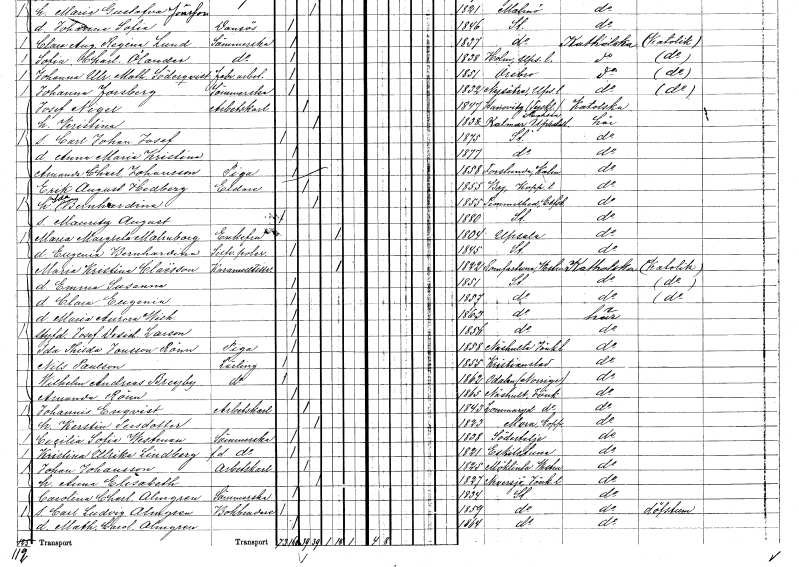
gt_parse: households: individuals: FN: Ida Bernhardina
KON: K
CIV: G
FODAR: 1855
FODFORS: Timmele Älvsborgs län
FN: Mauritz August
KON: M
CIV: O
FODAR: 1880
FODFORS: Stockholm
FN: Maria Margreta
EN: Malmborg
KON: K
CIV: E
FODAR: 1804
FODFORS: Uppsala Uppsala län
FN: Eugenia Bernhardina
YRKE: Silverpolererska
KON: K
CIV: O
FODAR: 1845
FODFORS: Stockholm
FN: Maria Kristina
EN: Claësson
YRKE: Karamelltillverkare
KON: K
CIV: E
FODAR: 1822
FODFORS: Romfartuna Västmanlands län
FN: Emma Susanna
KON: K
CIV: O
FODAR: 1851
FODFORS: Stockholm
FN: Clara Eugenia
KON: K
CIV: O
FODAR: 1857
FODFORS: Stockholm
FN: Maria Aurora Wilhelmina
KON: K
CIV: O
FODAR: 1863
FODFORS: Stockholm
FN: Josefina Desideria
EN: Larson
KON: K
CIV: O
FODAR: 1856
FODFORS: Stockholm
FN: Ida Thilda
EN: Jansson Rönn
YRKE: Piga
KON: K
CIV: O
FODAR: 1858
FODFORS: Näshult Jönköpings län
FN: Nils
EN: Paulson
YRKE: Lärling
KON: M
CIV: O
FODAR: 1855
FODFORS: Kristianstad Kristianstads län
FN: Wilhelm Andreas
EN: Breyby
YRKE: Lärling
KON: M
CIV: O
FODAR: 1862
FN: Amanda
EN: Rönn
KON: K
CIV: O
FODAR: 1865
FODFORS: Näshult Jönköpings län
FN: Johannis
EN: Enqvist
YRKE: Arbetskarl
KON: M
CIV: G
FODAR: 1843
FODFORS: Lommaryd Jönköpings län
FN: Kerstin
EN: Persdotter
KON: K
CIV: G
FODAR: 1823
FODFORS: Mora Kopparbergs län
FN: Cecilia Sofia
EN: Westman
YRKE: Sömmerska
KON: K
CIV: O
FODAR: 1838
FODFORS: Södertälje Stockholms län
FN: Kristina Ulrika
EN: Lindberg
YRKE: Sömmerska f.d.
KON: K
CIV: O
FODAR: 1821
FODFORS: Eskilstuna Södermanlands län
FN: Johan
EN: Johansson
YRKE: Arbetskarl
KON: M
CIV: G
FODAR: 1825
FODFORS: Möklinta Västmanlands län
FN: Anna Elisabeth
KON: K
CIV: G
FODAR: 1827
FODFORS: Nävelsjö Jönköpings län
FN: Carolina Charlotta
EN: Almgren
YRKE: Sömmerska
KON: K
CIV: O
FODAR: 1834
FODFORS: Stockholm
FN: Carl Ludvig
EN: Almgren
YRKE: Bokbindare
KON: M
CIV: O
FODAR: 1859
FODFORS: Stockholm
FN: Mathilda Carolina
EN: Almgren
KON: K
CIV: O
FODAR: 1864
FODFORS: Stockholm